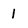
Character: 1